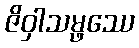
ဇိဝှါသမ္ဖဿေ